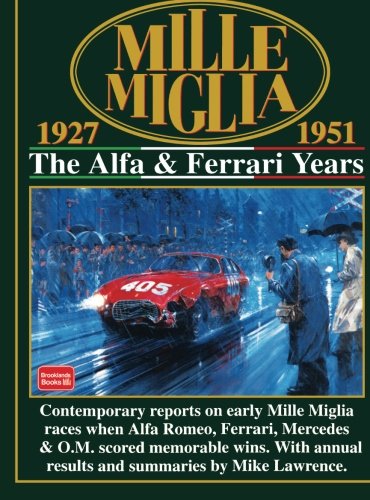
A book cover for Mille Miglia 1927-1951: The Alfa and Ferrari Years (Mille Miglia Racing S.); R.M. Clarke; Engineering & Transportation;